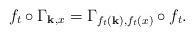
LaTeX: \begin{align*}f_t \circ \Gamma_{\mathbf{k},x} = \Gamma_{f_t(\mathbf{k}),f_t(x)} \circ f_t.\end{align*}